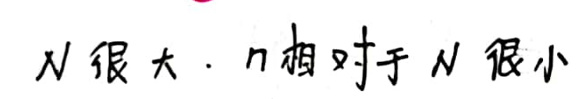
N  很大，n 相对于 N 很小